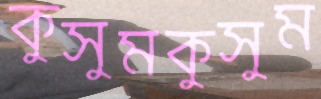
কুসুমকুসুম